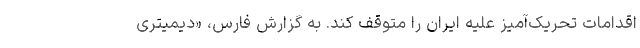
اقدامات تحریک‌آمیز علیه ایران را متوقف کند. به گزارش فارس، «دیمیتری